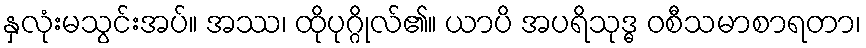
နှလုံးမသွင်းအပ်။ အဿ၊ ထိုပုဂ္ဂိုလ်၏။ ယာပိ အပရိသုဒ္ဓ ဝစီသမာစာရတာ၊